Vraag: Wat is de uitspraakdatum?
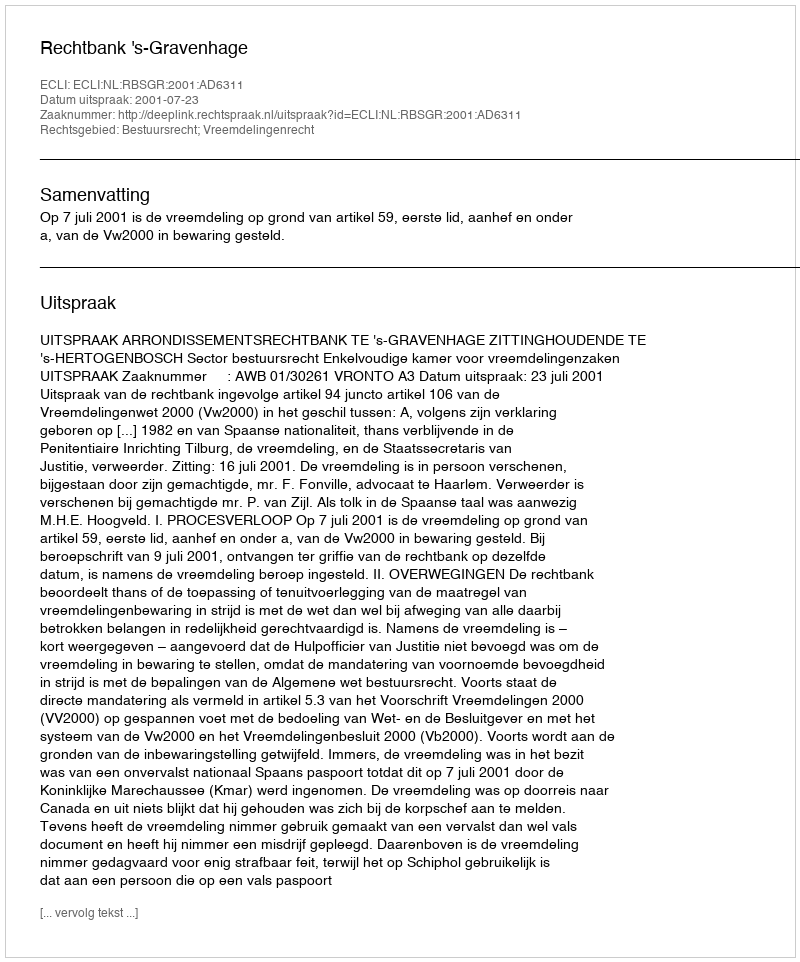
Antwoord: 2001-07-23